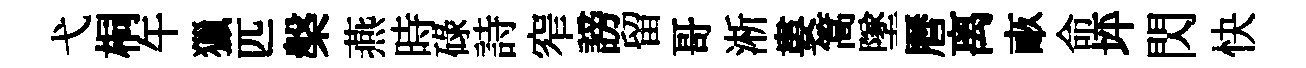
弋桐午獵匹槃燕時碌詩窄謗留哥淅婁篙墜曆离畞命坪閃快